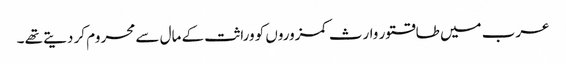
عرب میں طاقتور وارث کمزوروں کو وراثت کے مال سے محروم کر دیتے تھے ۔